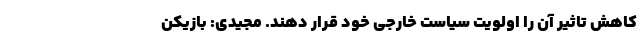
کاهش تاثیر آن را اولویت سیاست خارجی خود قرار دهند. مجیدی: بازیکن